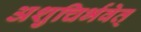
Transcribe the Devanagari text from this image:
अशुचिर्भवेत्